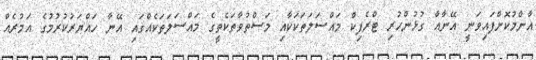
އާންމުކޮށްފައިވަނީ އޭނާއާ ގުޅުންހުރި ޓްރެފިކް މައްސަލަތަކަކާއި މަސްތުވާތަކެތީގެ މައްސަލަތަކެއްގައި އޭނާ ހައްޔަރުކުރުމުގެ އަމުރެއް